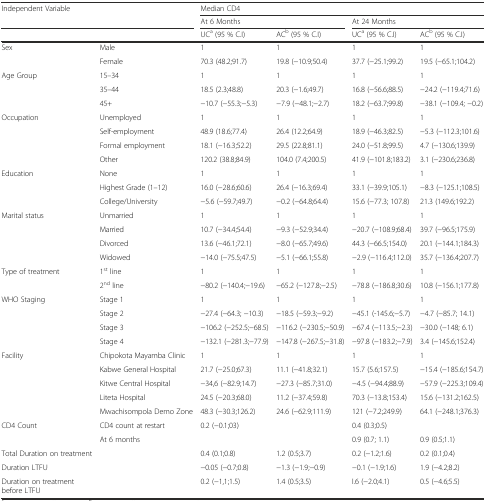
<table><thead><tr><td colspan="2"><b>Independent Variable</b></td><td colspan="4"><b>Median CD4</b></td></tr><tr><td colspan="2"></td><td colspan="2"><b>At 6 Months</b></td><td colspan="2"><b>At 24 Months</b></td></tr><tr><td colspan="2"></td><td><b>UC<sup>a</sup> (95 % C.I)</b></td><td><b>AC<sup>b</sup> (95 % C.I)</b></td><td><b>UC<sup>a</sup> (95 % C.I)</b></td><td><b>AC<sup>b</sup> (95 % C.I)</b></td></tr></thead><tbody><tr><td rowspan="2">Sex</td><td>Male</td><td>1</td><td>1</td><td>1</td><td>1</td></tr><tr><td>Female</td><td>70.3 (48.2;91.7)</td><td>19.8 (−10.9;50.4)</td><td>37.7 (−25.1;99.2)</td><td>19.5 (−65.1;104.2)</td></tr><tr><td rowspan="3">Age Group</td><td>15–34</td><td>1</td><td>1</td><td>1</td><td>1</td></tr><tr><td>35–44</td><td>18.5 (2.3;48.8)</td><td>20.3 (−1.6;49.7)</td><td>16.8 (−56.6;88.5)</td><td>−24.2 (−119.4;71.6)</td></tr><tr><td>45+</td><td>−10.7 (−55.3;−5.3)</td><td>−7.9 (−48.1;−2.7)</td><td>18.2 (−63.7;99.8)</td><td>−38.1 (−109.4; −0.2)</td></tr><tr><td rowspan="4">Occupation</td><td>Unemployed</td><td>1</td><td>1</td><td>1</td><td>1</td></tr><tr><td>Self-employment</td><td>48.9 (18.6;77.4)</td><td>26.4 (12.2;64.9)</td><td>18.9 (−46.3;82.5)</td><td>−5.3 (−112.3;101.6)</td></tr><tr><td>Formal employment</td><td>18.1 (−16.3;52.2)</td><td>29.5 (22.8;81.1)</td><td>24.0 (−51.8;99.5)</td><td>4.7 (−130.6;139.9)</td></tr><tr><td>Other</td><td>120.2 (38.8;84.9)</td><td>104.0 (7.4;200.5)</td><td>41.9 (−101.8;183.2)</td><td>3.1 (−230.6;236.8)</td></tr><tr><td rowspan="3">Education</td><td>None</td><td>1</td><td>1</td><td>1</td><td>1</td></tr><tr><td>Highest Grade (1–12)</td><td>16.0 (−28.6;60.6)</td><td>26.4 (−16.3;69.4)</td><td>33.1 (−39.9;105.1)</td><td>−8.3 (−125.1;108.5)</td></tr><tr><td>College/University</td><td>−5.6 (−59.7;49.7)</td><td>−0.2 (−64.8;64.4)</td><td>15.6 (−77.3; 107.8)</td><td>21.3 (149.6;192.2)</td></tr><tr><td rowspan="4">Marital status</td><td>Unmarried</td><td>1</td><td>1</td><td>1</td><td>1</td></tr><tr><td>Married</td><td>10.7 (−34.4;54.4)</td><td>−9.3 (−52.9;34.4)</td><td>−20.7 (−108.9;68.4)</td><td>39.7 (−96.5;175.9)</td></tr><tr><td>Divorced</td><td>13.6 (−46.1;72.1)</td><td>−8.0 (−65.7;49.6)</td><td>44.3 (−66.5;154.0)</td><td>20.1 (−144.1;184.3)</td></tr><tr><td>Widowed</td><td>−14.0 (−75.5;47.5)</td><td>−5.1 (−66.1;55.8)</td><td>−2.9 (−116.4;112.0)</td><td>35.7 (−136.4;207.7)</td></tr><tr><td rowspan="2">Type of treatment</td><td>1<sup>st</sup> line</td><td>1</td><td>1</td><td>1</td><td>1</td></tr><tr><td>2<sup>nd</sup> line</td><td>−80.2 (−140.4;−19.6)</td><td>−65.2 (−127.8;−2.5)</td><td>−78.8 (−186.8;30.6)</td><td>10.8 (−156.1;177.8)</td></tr><tr><td rowspan="3">WHO Staging</td><td>Stage 1</td><td>1</td><td>1</td><td>1</td><td>1</td></tr><tr><td>Stage 2</td><td>−27.4 (−64.3; −10.3)</td><td>−18.5 (−59.3;−9.2)</td><td>−45.1 (-145.6;−5.7)</td><td>−4.7 (−85.7; 14.1)</td></tr><tr><td>Stage 3</td><td>−106.2 (−252.5;−68.5)</td><td>−116.2 (−230.5;−50.9)</td><td>−67.4 (−113.5;−2.3)</td><td>−30.0 (−148; 6.1)</td></tr><tr><td></td><td>Stage 4</td><td>−132.1 (−281.3;−77.9)</td><td>−147.8 (−267.5;−31.8)</td><td>−97.8 (−183.2;−7.9)</td><td>3.4 (−145.6;152.4)</td></tr><tr><td rowspan="5">Facility</td><td>Chipokota Mayamba Clinic</td><td>1</td><td>1</td><td>1</td><td>1</td></tr><tr><td>Kabwe General Hospital</td><td>21.7 (−25.0;67.3)</td><td>11.1 (−41.8;32.1)</td><td>15.7 (5.6;157.5)</td><td>−15.4 (−185.6;154.7)</td></tr><tr><td>Kitwe Central Hospital</td><td>−34,6 (−82.9;14.7)</td><td>−27.3 (−85.7;31.0)</td><td>−4.5 (−94.4;88.9)</td><td>−57.9 (−225.3;109.4)</td></tr><tr><td>Liteta Hospital</td><td>24.5 (−20.3;68.0)</td><td>11.2 (−37.4;59.8)</td><td>70.3 (−13.8;153.4)</td><td>15.6 (−131.2;162.5)</td></tr><tr><td>Mwachisompola Demo Zone</td><td>48.3 (−30.3;126.2)</td><td>24.6 (−62.9;111.9)</td><td>121 (−7.2;249.9)</td><td>64.1 (−248.1;376.3)</td></tr><tr><td rowspan="2">CD4 Count</td><td>CD4 count at restart</td><td>0.2 (−0.1;03)</td><td></td><td>0.4 (0.3;0.5)</td><td></td></tr><tr><td>At 6 months</td><td></td><td></td><td>0.9 (0.7; 1.1)</td><td>0.9 (0.5;1.1)</td></tr><tr><td>Total Duration on treatment</td><td></td><td>0.4 (0.1;0.8)</td><td>1.2 (0.5;3.7)</td><td>0.2 (−1.2;1.6)</td><td>0.2 (0.1;0.4)</td></tr><tr><td>Duration LTFU</td><td></td><td>−0.05 (−0.7;0.8)</td><td>−1.3 (−1.9;−0.9)</td><td>−0.1 (−1.9;1.6)</td><td>1.9 (−4.2;8.2)</td></tr><tr><td>Duration on treatment before LTFU</td><td></td><td>0.2 (−1,1;1.5)</td><td>1.4 (0.5;3.5)</td><td>I.6 (−2.0;4.1)</td><td>0.5 (−4.6;5.5)</td></tr></tbody></table>